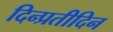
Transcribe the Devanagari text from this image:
दिन्प्रतीदिन